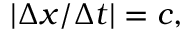
| \Delta x / \Delta t | = c ,